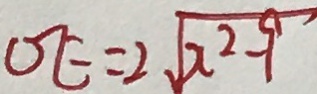
O E = 2 \sqrt { x ^ { 2 } - 9 }